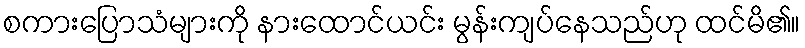
စကားပြောသံများကို နားထောင်ယင်း မွန်းကျပ်နေသည်ဟု ထင်မိ၏။